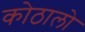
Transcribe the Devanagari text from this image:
कोठालो